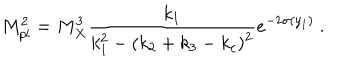
M _ { p l } ^ { 2 } = { M _ { X } ^ { 3 } } { \frac { k _ { 1 } } { \displaystyle { k _ { 1 } ^ { 2 } - ( k _ { 2 } + k _ { 3 } - k _ { c } ) ^ { 2 } } } } e ^ { - 2 \sigma ( y _ { 1 } ) } ~ . ~ \,